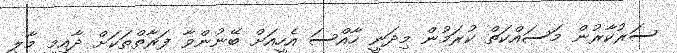
ސަރުކާރުން މަސައްކަތް ކުރަމުން މިދަނީ ހާއްސަ އެހީއަށް ބޭނުންވާ ފަރާތްތަކަށް ދާއިމީ މާލީ